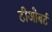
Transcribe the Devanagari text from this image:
टीओबर्ट